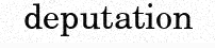
deputation